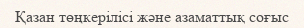
Қазан төңкерілісі және азаматтық соғыс